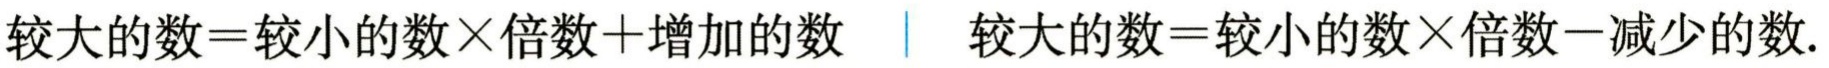
较大的数=较小的数×倍数+增加的数  较大的数=较小的数×倍数-减少的数.